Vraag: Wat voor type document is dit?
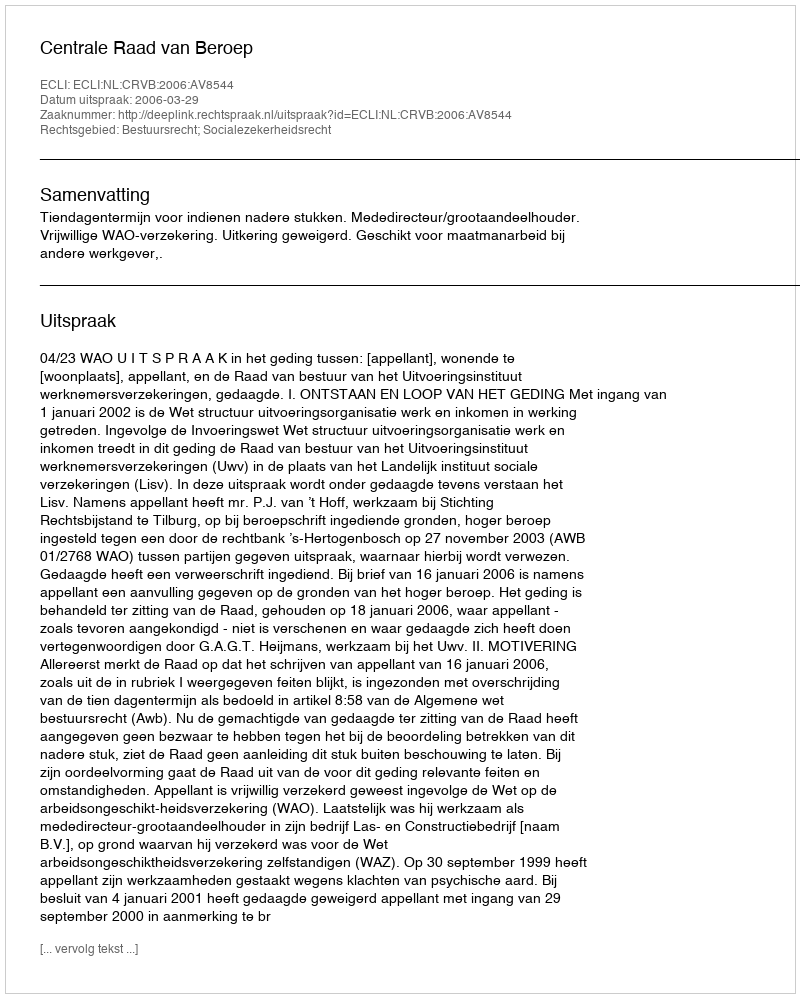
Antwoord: Uitspraak